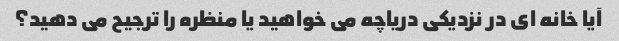
آیا خانه ای در نزدیکی دریاچه می خواهید یا منظره را ترجیح می دهید؟